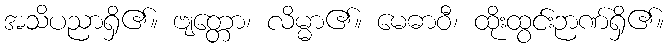
အသိပညာရှိ၏။ ဗျတ္တော၊ လိမ္မာ၏။ မေဓာဝီ၊ ထိုးထွင်းဉာဏ်ရှိ၏။